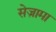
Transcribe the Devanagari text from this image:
सेज़ामा